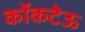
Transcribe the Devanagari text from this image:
कॉकटेऊ